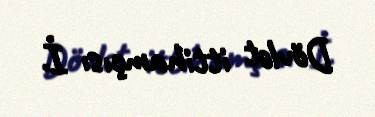
Dövlət ittihamçısı İ.